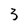
Character: 3